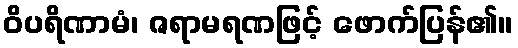
ဝိပရိဏာမံ၊ ဇရာမရဏဖြင့် ဖောက်ပြန်၏။